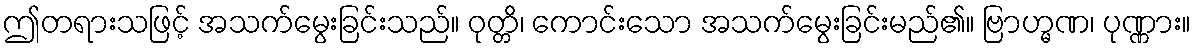
ဤတရားသဖြင့် အသက်မွေးခြင်းသည်။ ဝုတ္တိ၊ ကောင်းသော အသက်မွေးခြင်းမည်၏။ ဗြာဟ္မဏ၊ ပုဏ္ဏား။